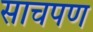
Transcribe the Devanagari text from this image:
साचपण